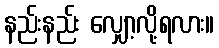
နည်းနည်း လျှော့လို့ရလား။